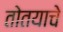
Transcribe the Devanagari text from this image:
तोतयाचे